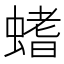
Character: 螧